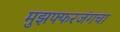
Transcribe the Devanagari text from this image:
मुझफ्फरजंगचा